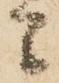
間